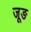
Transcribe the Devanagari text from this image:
जूङ